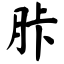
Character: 胩